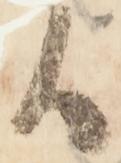
候